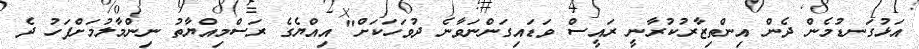
އަޅުގަނޑުމެން ދެން އިންތިޒާރުކުރާނީ ރައީސް ވަޑައިގަންނަވާނެ ދުވަހަކަށް" އިއްޔެގެ ރަސްމިއްޔާތު ނިންމާލުމަށްފަހު ދެ